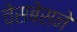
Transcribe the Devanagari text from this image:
चेसबेसने